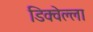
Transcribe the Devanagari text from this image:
डिक्वेल्ला